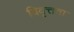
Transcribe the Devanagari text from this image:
विवृत्तता